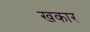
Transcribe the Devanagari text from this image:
खकार